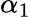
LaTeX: \alpha_{1}